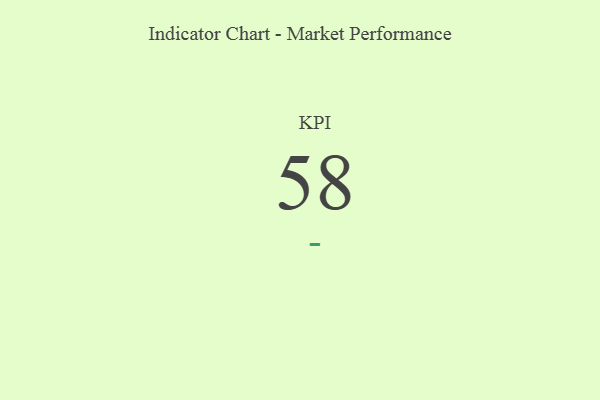
{"axis": {"x": "KPI", "y": "Value"}, "legend": [""], "data": [{"x": "KPI", "y": 58, "type": ""}]}